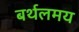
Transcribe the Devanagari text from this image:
बर्थलमय